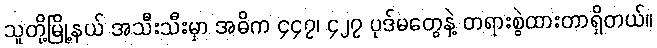
သူတို့မြို့နယ် အသီးသီးမှာ အဓိက ၄၄၇၊ ၄၂၇ ပုဒ်မတွေနဲ့ တရားစွဲထားတာရှိတယ်။